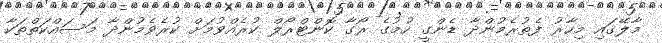
މާލޭގައި މިހާރު ފެތުރެމުންދާ ޑެންގީ ހުމުގެ ރޯގާ ކޮންޓްރޯލް ކުރެއްވުމަށް ކުރެވެމުންދާ މަސައްކަތްތަކާ